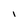
Character: l